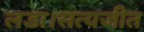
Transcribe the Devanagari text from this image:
लडा।सत्यजीत